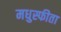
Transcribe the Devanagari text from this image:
मधुस्फीता